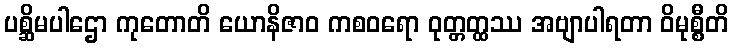
ပစ္ဆိမပါဌော ကုတောတိ ယောနိဇာဝ ကစဝရော ဝုတ္တတ္ထဿ အဗျာပါရတာ ဝိမုစ္စီတိ